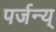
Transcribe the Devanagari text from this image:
पर्जन्य्